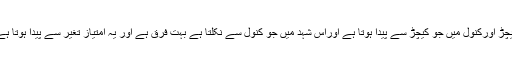
کیچڑ اورکنول میں جو کیچڑ سے پیدا ہوتا ہے اوراس شہد میں جو کنول سے نکلتا ہے بہت فرق ہے اور یہ امتیاز تغیر سے پیدا ہوتا ہے۔